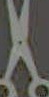
|